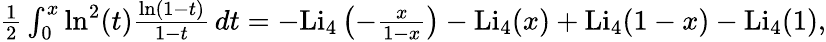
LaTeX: \begin{array}{r}{\frac{1}{2}\int_{0}^{x}\ln^{2}(t)\frac{\ln(1-t)}{1-t}\, dt=-\mathrm{Li}_{4}\left(-\frac{x}{1-x}\right)-\mathrm{Li}_{4}(x)+\mathrm{Li}_{4}(1-x)-\mathrm{Li}_{4}(1),}\end{array}